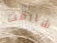
شارفت